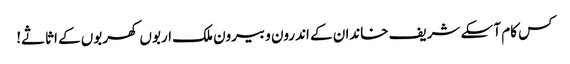
کس کام آ سکے شریف خاندان کے اندرون و بیرون ملک اربوں کھربوں کے اثاثے!